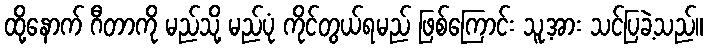
ထို့နောက် ဂီတာကို မည်သို့ မည်ပုံ ကိုင်တွယ်ရမည် ဖြစ်ကြောင်း သူ့အား သင်ပြခဲ့သည်။